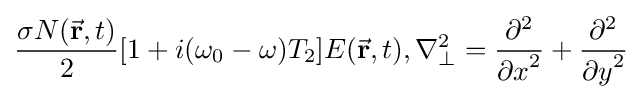
{\frac {\sigma N({\vec {\mathbf {r} }},t)}{2}}[1+i(\omega _{0}-\omega )T_{2}]{{E}({\vec {\mathbf {r} }},t)},\nabla _{\bot }^{2}={\frac {\partial ^{2}}{{\partial x}^{2}}}+{\frac {\partial ^{2}}{{\partial y}^{2}}}